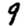
Digit: 9